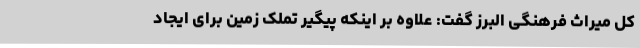
کل میراث فرهنگی البرز گفت: علاوه بر اینکه پیگیر تملک زمین برای ایجاد